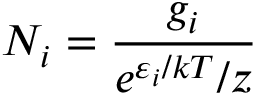
N _ { i } = { \frac { g _ { i } } { e ^ { \varepsilon _ { i } / k T } / z } }